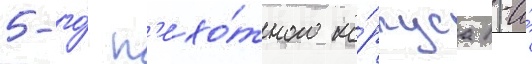
5-го́ п'ехо́тного ко́рпуса 1-и́